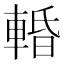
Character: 𨌲